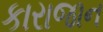
કારાજાન